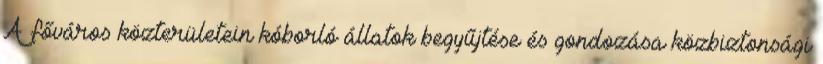
A főváros közterületein kóborló állatok begyűjtése és gondozása közbiztonsági